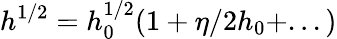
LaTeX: h^{1/2}=h_{0}^{1/2}(1+\eta/2h_{0}+...)